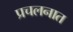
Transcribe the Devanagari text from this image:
प्रचलनात